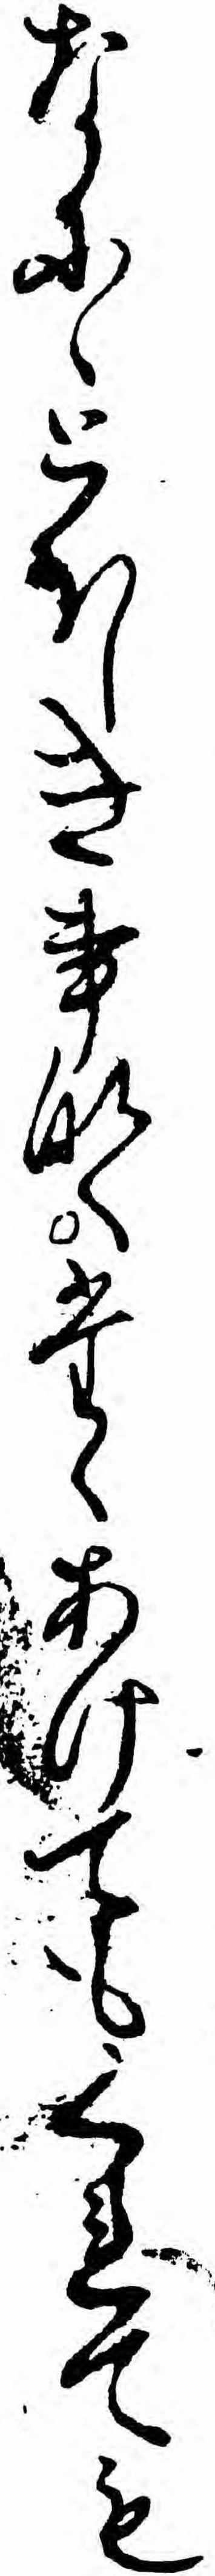
なにゝとほしき事なくたゝあけてもくれても